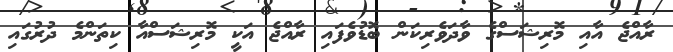
ރާއްޖެ އާއި މޮރިޝަސްގެ ވާދަވެރިކަން ބޮޑުވެފައި ރާއްޖެ އަކީ މޮރިޝަސްއާ ކިތަންމެ ދުރުގައި